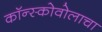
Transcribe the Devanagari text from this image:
कॉन्स्कोवोलाचा